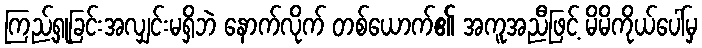
ကြည့်ရှုခြင်းအလျှင်းမရှိဘဲ နောက်လိုက် တစ်ယောက်၏ အကူအညီဖြင့် မိမိကိုယ်ပေါ်မှ